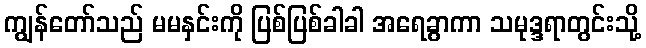
ကျွန်တော်သည် မမနှင်းကို ပြစ်ပြစ်ခါခါ အရေခွာကာ သမုဒ္ဒရာတွင်းသို့